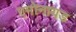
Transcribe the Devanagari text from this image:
एमोनायड